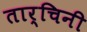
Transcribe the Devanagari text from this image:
तार्चिनी